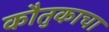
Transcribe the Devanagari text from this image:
कौतुकाचा